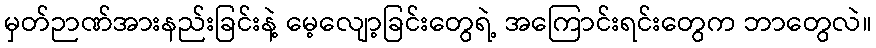
မှတ်ဉာဏ်အားနည်းခြင်းနဲ့ မေ့လျော့ခြင်းတွေရဲ့ အကြောင်းရင်းတွေက ဘာတွေလဲ။